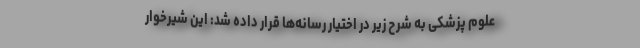
علوم پزشکی به شرح زیر در اختیار رسانه‌ها قرار داده شد: این شیرخوار